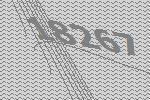
18267